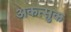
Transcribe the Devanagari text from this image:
अकत्सुक